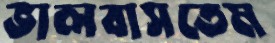
ভালবাসতেম